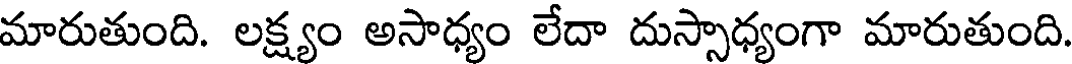
మారుతుంది. లక్ష్యం అసాధ్యం లేదా దుస్సాధ్యంగా మారుతుంది